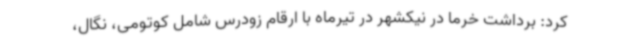
کرد: برداشت خرما در نیکشهر در تیرماه با ارقام زودرس شامل کوتومی، نگال،